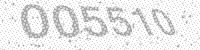
Solution: 005510